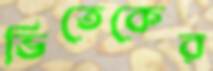
ভিতেকের